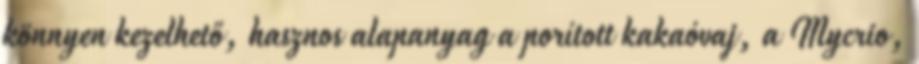
könnyen kezelhető, hasznos alapanyag a porított kakaóvaj, a Mycrio,